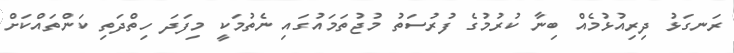
ރަނގަޅު ދިރިއުޅުމެއް ބިނާ ކުރުމުގެ ފުރުސަތު މުޖުތަމައުގައި ނެތުމަކީ މިފަދަ ހިތްދަތި ކަންތައްކަށް